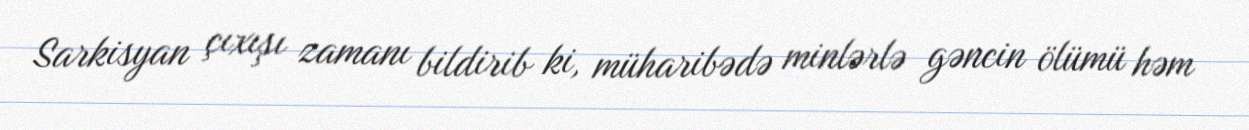
Sarkisyan çıxışı zamanı bildirib ki, müharibədə minlərlə gəncin ölümü həm